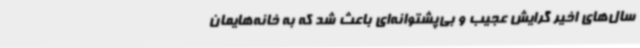
سال‌های اخیر گرایش عجیب و بی‌پشتوانه‌ای باعث شد که به خانه‌هایمان